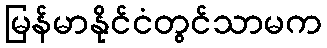
မြန်မာနိုင်ငံတွင်သာမက